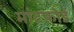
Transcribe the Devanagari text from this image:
मांटफोर्ड